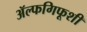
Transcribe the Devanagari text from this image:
ॲल्फगिफूशी